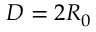
D = 2 { R _ { 0 } }